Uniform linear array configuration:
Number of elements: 48
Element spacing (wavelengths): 0.5
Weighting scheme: hann
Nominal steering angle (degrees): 60
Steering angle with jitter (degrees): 59.449
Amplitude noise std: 0.05
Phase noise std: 0.05

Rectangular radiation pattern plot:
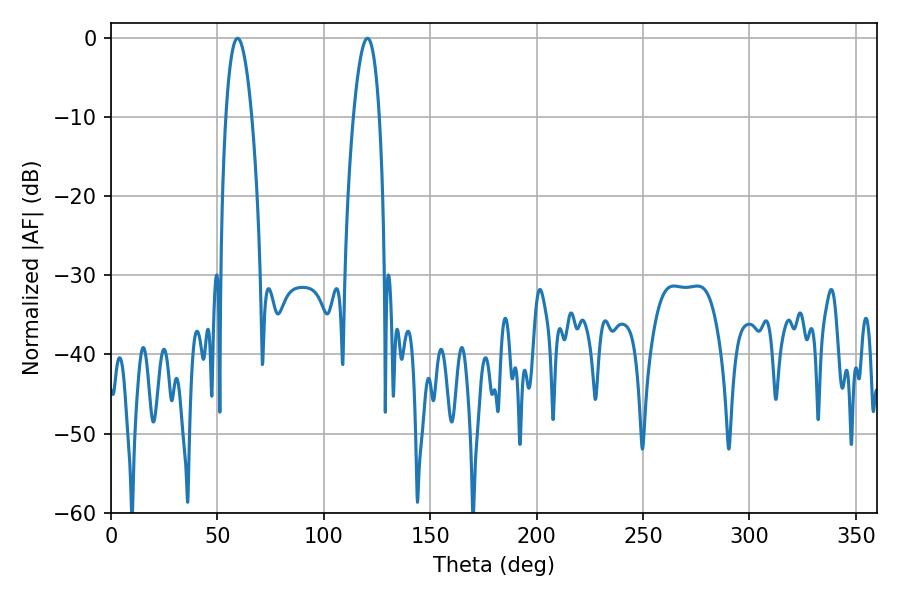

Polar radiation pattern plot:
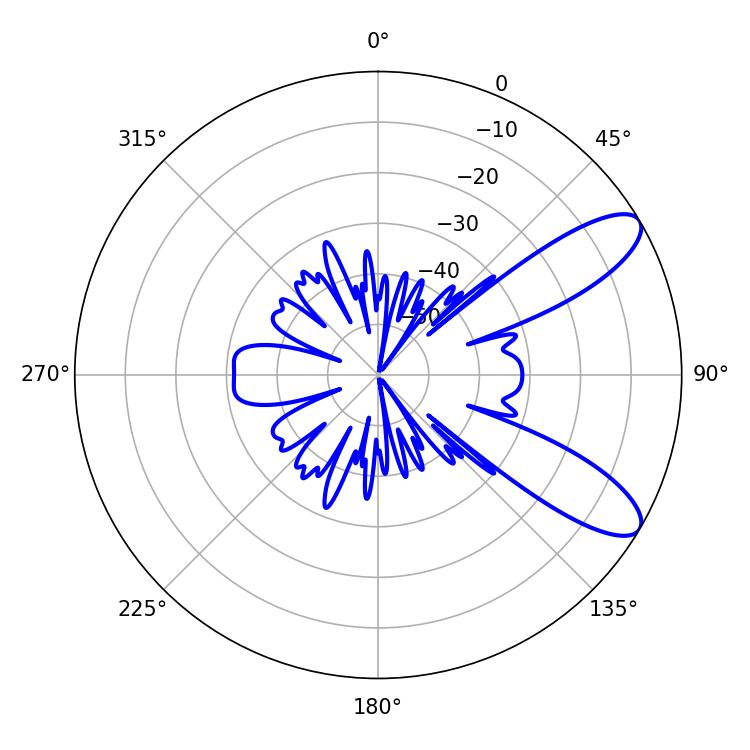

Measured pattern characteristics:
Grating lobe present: FALSE
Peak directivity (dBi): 9.621
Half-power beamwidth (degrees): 6.66
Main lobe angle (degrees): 59.4